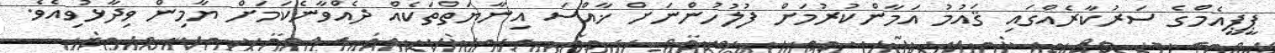
ޕީޕީއެމްގެ ސަރުކާރެއްގައި ޤައުމު އަމާންކުރުމަށް ފުލުހުންނަށް ޚާއްސަ އިނާޔަތްތަކެއް ދެއްވާނެކަމަށް ޔާމިން ވިދާޅުވިއެވެ.